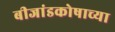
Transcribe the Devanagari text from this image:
बीजांडकोषाच्या